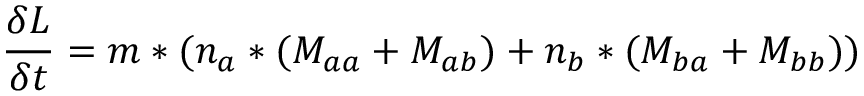
\frac { \delta L } { \delta t } = m * ( n _ { a } * ( M _ { a a } + M _ { a b } ) + n _ { b } * ( M _ { b a } + M _ { b b } ) )